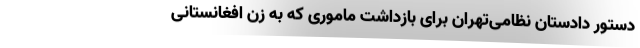
دستور دادستان نظامی‌تهران برای بازداشت ماموری که به زن افغانستانی